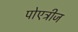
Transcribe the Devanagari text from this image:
पोएट्रीज